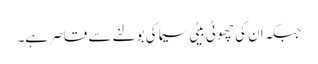
جبکہ ان کی چھوٹی بیٹی سیما کی بولنے سے قاصر ہے۔